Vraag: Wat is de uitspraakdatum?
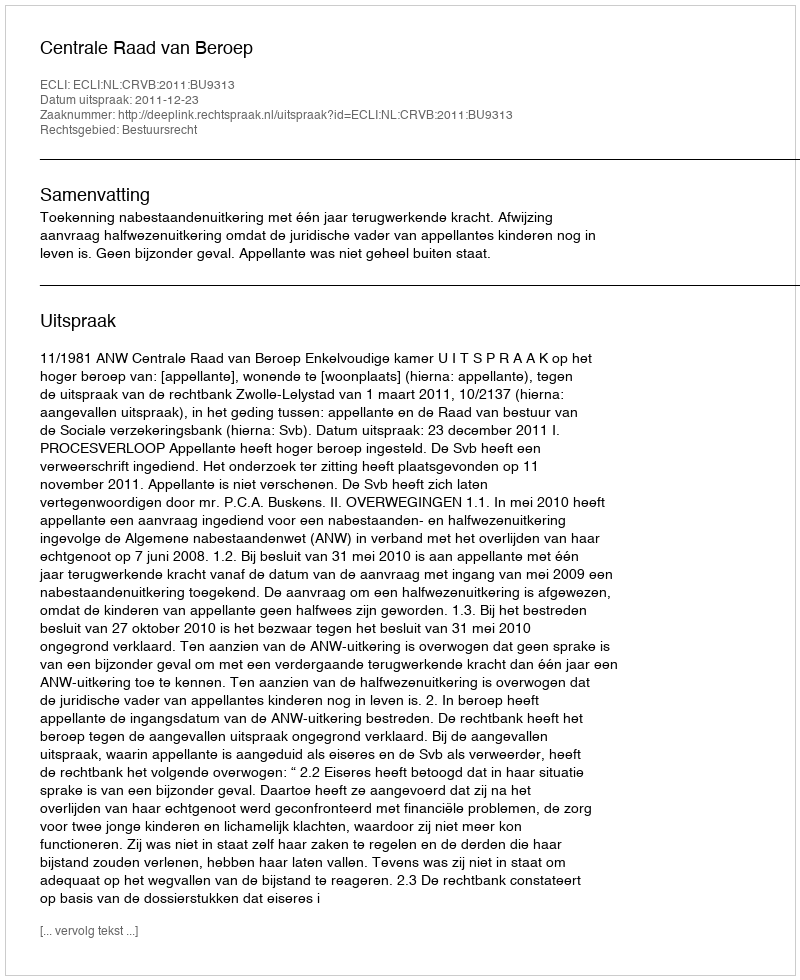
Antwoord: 2011-12-23